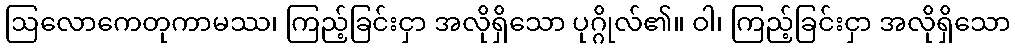
ဩလောကေတုကာမဿ၊ ကြည့်ခြင်းငှာ အလိုရှိသော ပုဂ္ဂိုလ်၏။ ဝါ၊ ကြည့်ခြင်းငှာ အလိုရှိသော